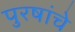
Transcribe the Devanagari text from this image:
पुरषांचे